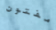
مفتون